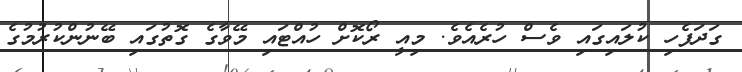
ގަދަފެހި ކުލައިގައި ވެސް ހުރެއެވެ. މިއީ ރޯކޮށް ހުއްޓައި މޭވާގެ ގޮތުގައި ބޭނުންކުރުމުގެ